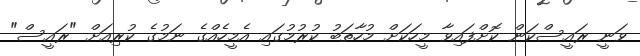
ވަނީ ރައީސްކަން ކޮށްފައިވާ މީހަކަށް މުހާތަބު ކުރުމުގައި އެމީހެއްގެ ނަމުގެ ކުރިއަށް "ރައީސް"